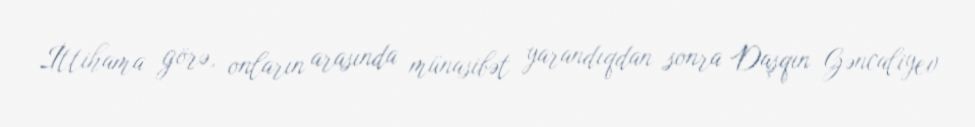
İttihama görə, onların arasında münasibət yarandıqdan sonra Daşqın Gəncaliyev